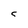
Character: 5